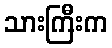
သားကြီးက